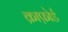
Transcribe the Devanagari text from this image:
क्राफ़ोर्ड